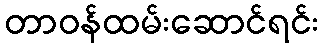
တာဝန်ထမ်းဆောင်ရင်း